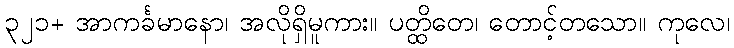
၃၂၁+ အာကင်္ခမာနော၊ အလိုရှိမူကား။ ပတ္ထိတေ၊ တောင့်တသော။ ကုလေ၊